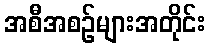
အစီအစဉ်များအတိုင်း